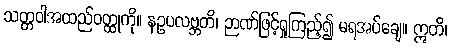
သတ္တဝါအထည်ဝတ္ထုကို။ နဥပလဗ္ဘတိ၊ ဉာဏ်ဖြင့်ရှုကြည့်၍ မရအပ်ချေ။ ဣတိ၊